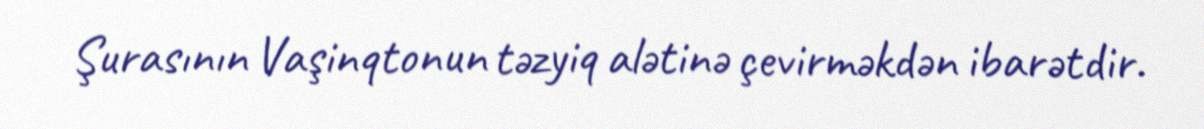
Şurasının Vaşinqtonun təzyiq alətinə çevirməkdən ibarətdir.